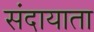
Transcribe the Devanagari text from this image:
संदायाता